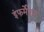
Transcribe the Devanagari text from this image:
इंफर्मेशन